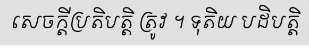
សេចក្តីប្រតិបត្តិ ត្រូវ ។ ទុតិយ បដិបត្តិ